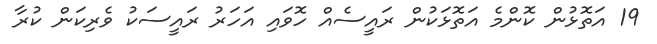
19 އަތޮޅުން ކޮންމެ އަތޮޅަކުން ރައީސެއް ހޮވައި އަހަރު ރައީސަކު ވެރިކަން ކުރާ